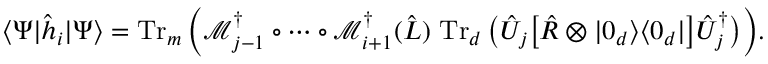
\langle \Psi | \hat { h } _ { i } | \Psi \rangle = \operatorname { T r } _ { m } \Big ( \mathcal { M } _ { j - 1 } ^ { \dag } \circ \dotsb \circ \mathcal { M } _ { i + 1 } ^ { \dag } ( \hat { L } ) \, \operatorname { T r } _ { d } \big ( \hat { U } _ { j } \big [ \hat { R } \otimes | 0 _ { d } \rangle \langle 0 _ { d } | \big ] \hat { U } _ { j } ^ { \dag } \big ) \Big ) .